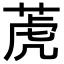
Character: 萀